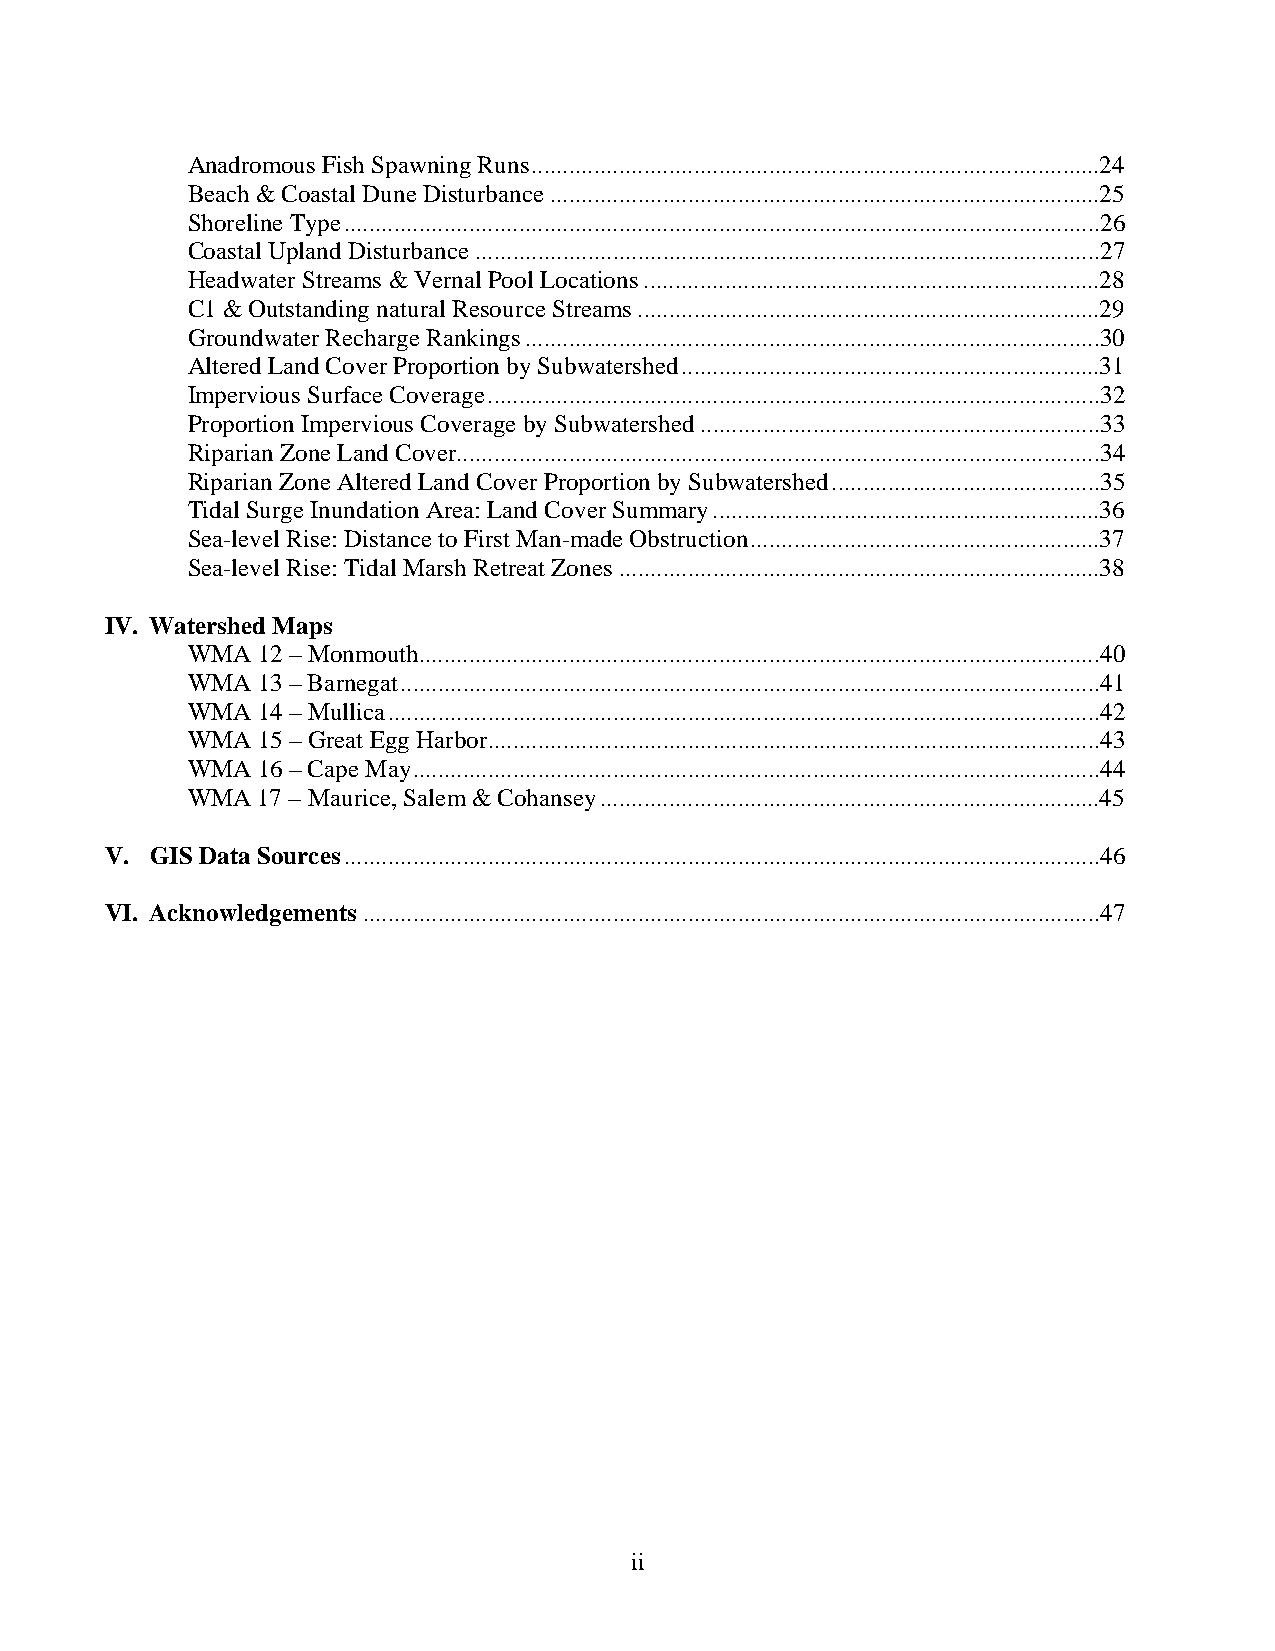
Anadromous Fish Spawning Runs...........................................................................................24
 Beach & Coastal Dune Disturbance........................................................................................25
 Shoreline Type.........................................................................................................................26
 Coastal Upland Disturbance....................................................................................................27
 Headwater Streams & Vernal Pool Locations.........................................................................28
 C1 & Outstanding natural Resource Streams..........................................................................29
 Groundwater Recharge Rankings............................................................................................30
 Altered Land Cover Proportion by Subwatershed...................................................................31
 Impervious Surface Coverage..................................................................................................32
 Proportion Impervious Coverage by Subwatershed................................................................33
 Riparian Zone Land Cover.......................................................................................................34
 Riparian Zone Altered Land Cover Proportion by Subwatershed...........................................35
 Tidal Surge Inundation Area: Land Cover Summary..............................................................36
 Sea-level Rise: Distance to First Man-made Obstruction........................................................37
 Sea-level Rise: Tidal Marsh Retreat Zones.............................................................................38
 IV. Watershed Maps
 WMA  12 – Monmouth.............................................................................................................40
 WMA  13 – Barnegat................................................................................................................41
 WMA  14 – Mullica..................................................................................................................42
 WMA  15 – Great Egg Harbor..................................................................................................43
 WMA  16 – Cape May..............................................................................................................44
 WMA  17 – Maurice, Salem & Cohansey................................................................................45
 V. GIS Data Sources.........................................................................................................................46
 VI. Acknowledgements......................................................................................................................47
 ii